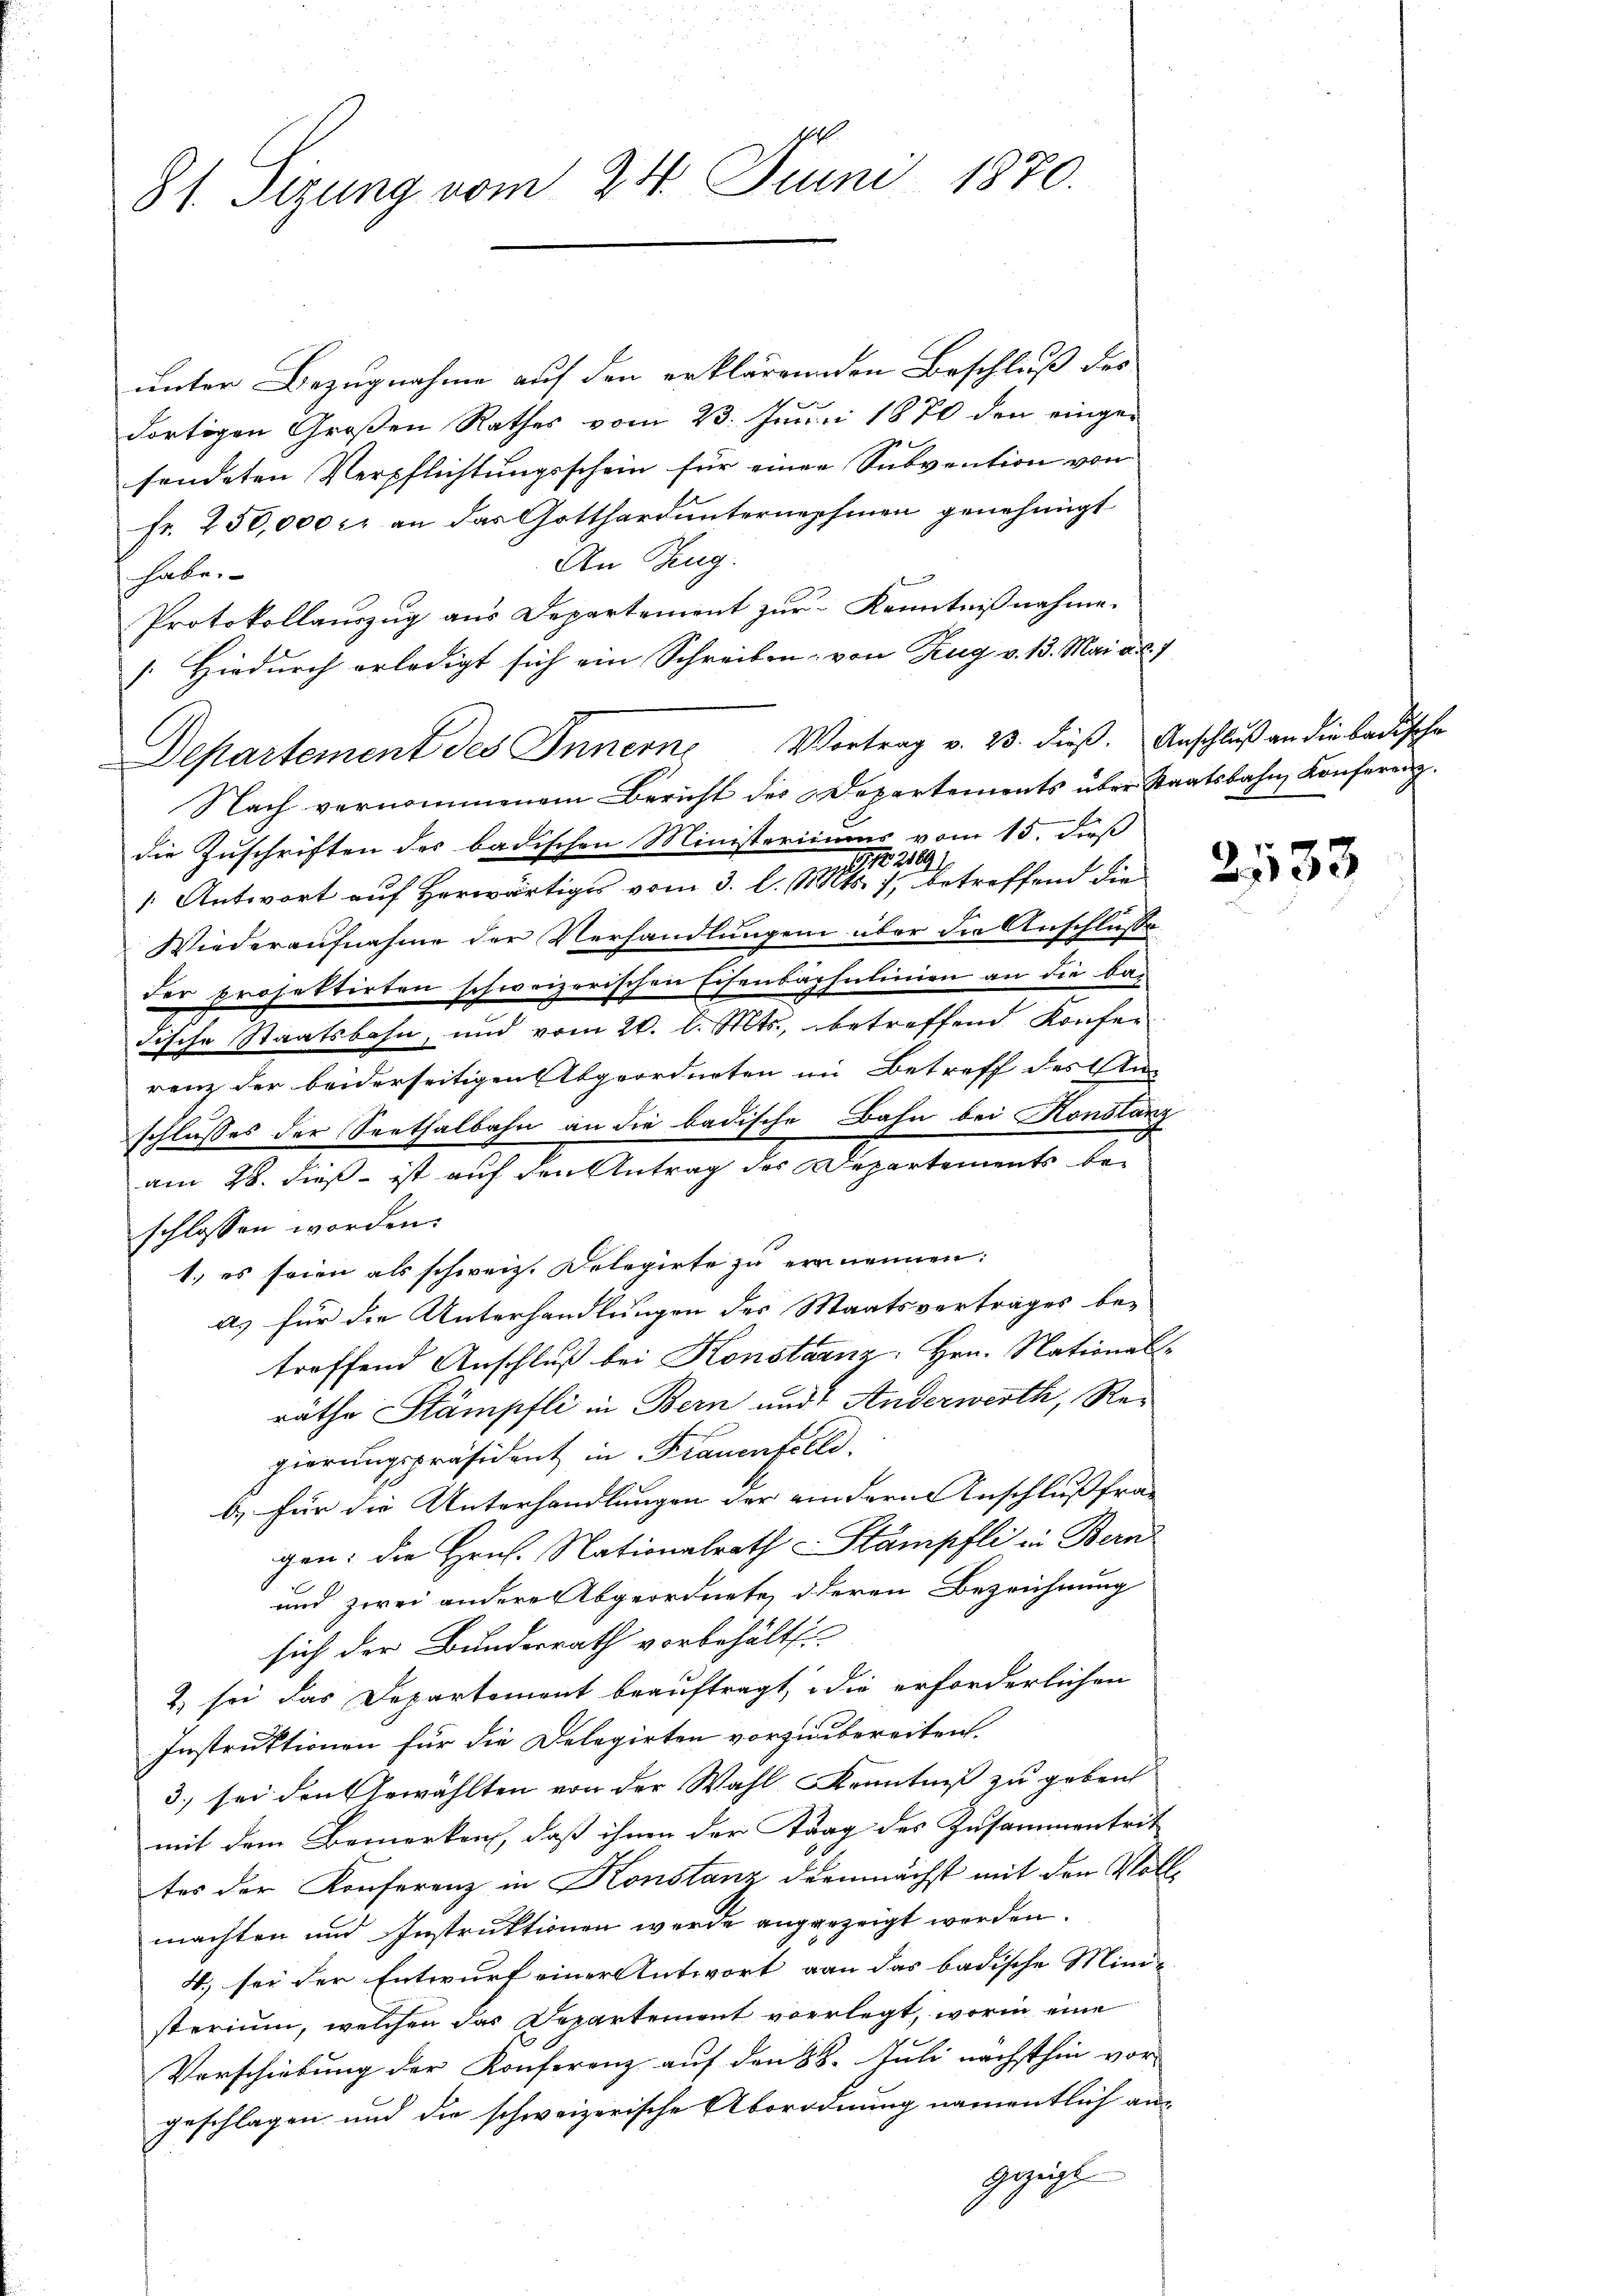
81. Sizung vom 24. Juni 1870.

unter Bezugnahme auf den erklärenden Beschluß des
e
dortigen Großen Rathes vom 23. Juni 1870 den einge¬
 kennen
fendeten Verpflichtungsschein für einen Subvention von
Fr. 250,000 fl an das Gotthard unternephinen genehmigt
An Zug.
habe.
Protokollauszug aus Departement zur Kenntnißnahme.
[Hiedurch erledigt sich ein Schreiben von Zug v. 13. Mai a. d. 1
Nach vernommenem Bericht der Departements über Staatsbahn Konferenz.
die Zuschriften des badischen Ministeriums vom 15. dieß
1. Antwort aŭf herwärtiger vom 3. l. 1000 betreffend die
Wiederaufnahme der Verhandlungen über die Anschlusse
der projektirten schweizerischen Eisenbaphulinien an die ba
Fische Staatsbahn, und vom 20. l. Mts., betreffend Konfer
renz der beiderseitigen Abgeordneten im Betreff des An
schlusses der Seethalbahn an die badische Bahn bei Konstanz
am 28. dieß ist auf den Antrag der Departements beschlossen worden.
1.) es seien als schweiz. Delegirte zu ernennen:
as für die Unterhandlungen des Staatsvertrages be-
treffend Anschluß bei Konstaanz: Hrn. National-
räthe Stämpfli in Bern und Anderwerth, Regierungspräsident in Frauenfeld.
b.) für die Unterhandlungen der eindern Anschlußfra-
gen: die Hrn. Nationalrath Stämpfli in Bern
und zwei andere Abgeordnete, deren Bezeichnung
sich der Bundesrath vorbehält.
2) sei das Departement beauftragt, die erforderlichen
Instruktionen für die Delegirten vorzubereiten.
3.) sei den Gewählten von der Wahl Kenntniß zu geben
mit dem Bemerken, daß ihnen der Strag des Zusammentrit
tes der Konferenz in Konstanz demnächst mit den Vollmachten und Instruktionen werde angezeigt werden.
4. sei der Entwurf einer Antwort von das badische Mini-
sterium, welchen das Departement verlegt, worin eine
Verschiebung der Konferenz auf den 28. Juli nächsthin vor-
geschlagen und die schweizerische Abordnung namentlich an-
gezeigt

Departement des Innern Vortrag v. 23. dieß. Anschluß an die badische

2133